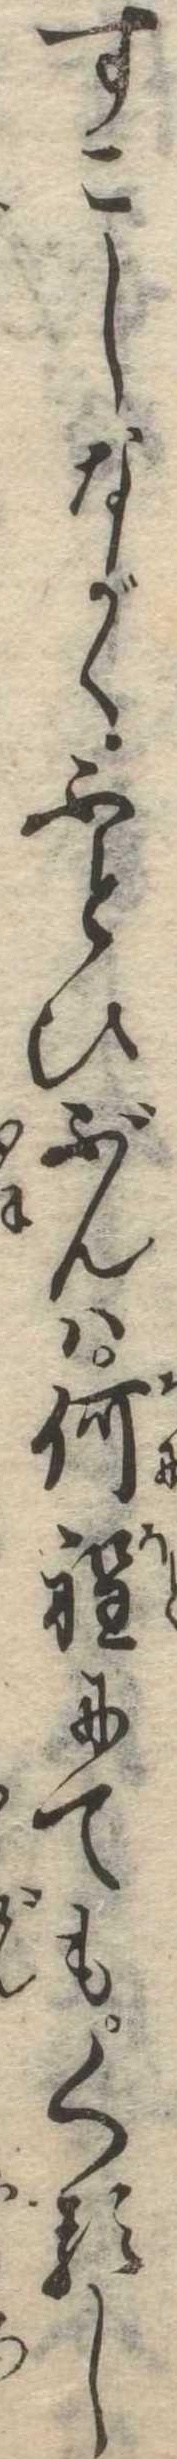
すこしながくふとひぶんは何程にてもくるし